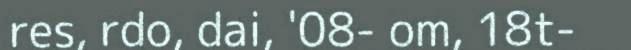
res, rdo, dai, '08- om, 18t-